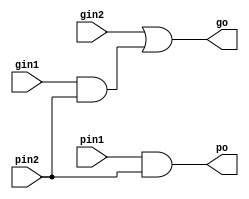
module PG(po,go,pin1,gin1,pin2,gin2);
input pin1,gin1,pin2,gin2;
output po,go;
wire w1;

and g1 (po,pin1,pin2);
or g3 (go,gin2,w1);
and g2 (w1,gin1,pin2);

endmodule